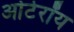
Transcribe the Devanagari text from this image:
ओटेरॉय